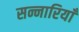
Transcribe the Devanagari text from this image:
सन्नारियाँ